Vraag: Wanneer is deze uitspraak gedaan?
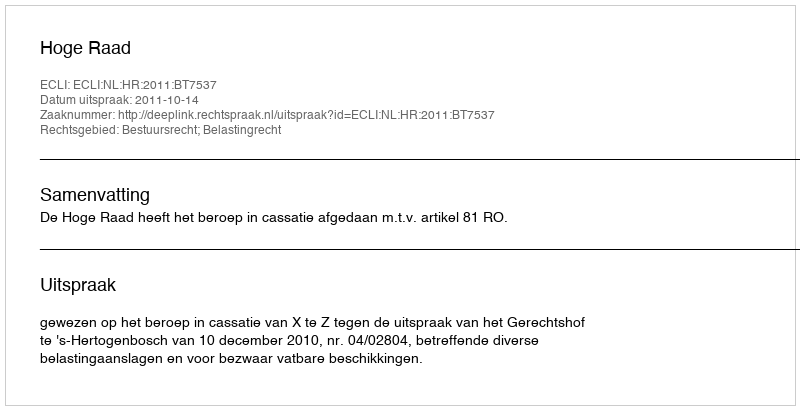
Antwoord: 2011-10-14